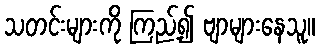
သတင်းများကို ကြည့်၍ ဗျာများနေသူ။